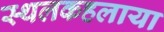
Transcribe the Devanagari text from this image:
स्थलकहलाया